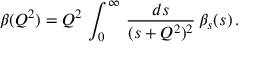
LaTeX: \beta ( Q ^ { 2 } ) = Q ^ { 2 } \, \int _ { 0 } ^ { \infty } \, \frac { d s } { ( s + Q ^ { 2 } ) ^ { 2 } } \, \beta _ { s } ( s ) \, .